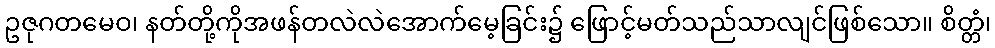
ဥဇုဂတမေဝ၊ နတ်တို့ကိုအဖန်တလဲလဲအောက်မေ့ခြင်း၌ ဖြောင့်မတ်သည်သာလျင်ဖြစ်သော။ စိတ္တံ၊